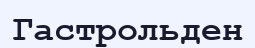
Гастрольден